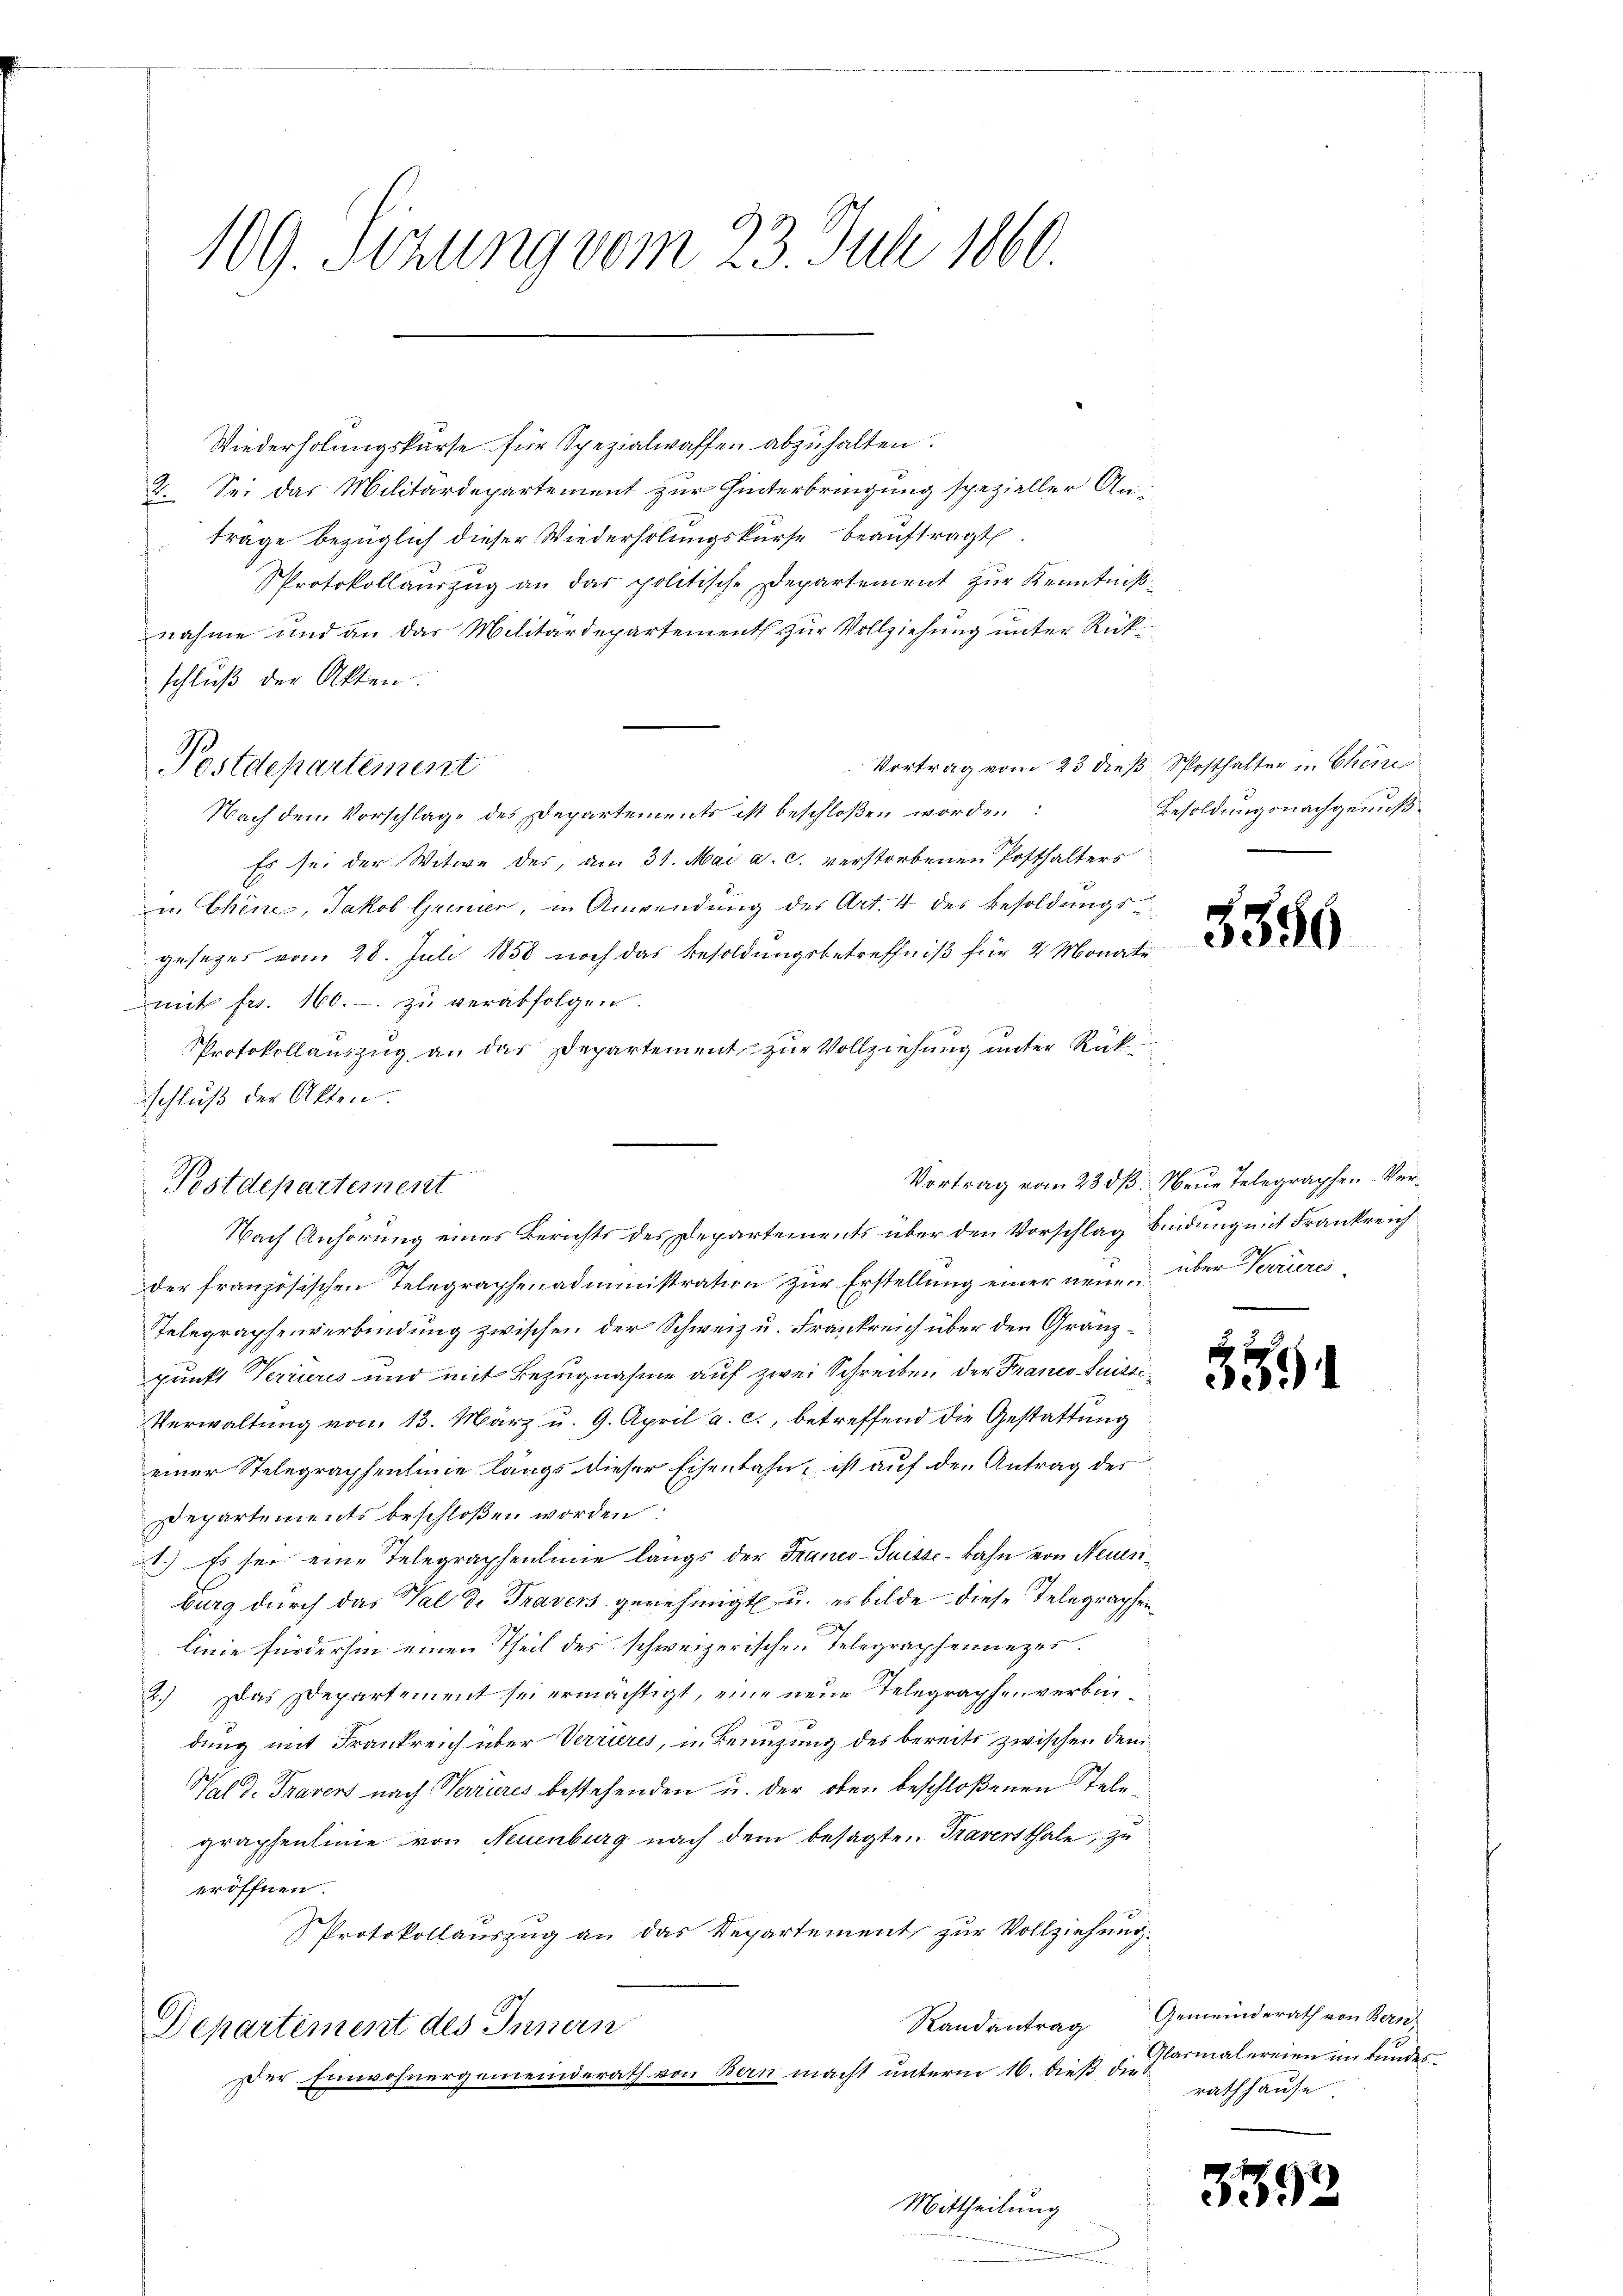
109. Sizung vom 23. Juli 1860.

Wiederholungskurse für Spezialwaffen abzuhalten.
2. Sei das Militärdepartement zur Hinterbringung spezieller An-
trage bezüglich dieser Wiederholungskurse beauftragt
Protokollauszug an das politische Departement zur Kenntnißnahme und an das Militärdepartement zur Vollziehung unter Rückschluß der Akten.
Vortrag vom 23 dieß. Sposthalter in Chemis
Nach dem Vorschlage des Departements ist beschloßen worden.
Es sei der Witwe des, am 31. Mai a. c. verstorbenen Posthalters
in Chines, Jakob Gremier, in Anwendung des Art. 4 des Besoldungsgesages vom 28. Juli 1858 noch das Besoldungsbetreffniß für 2 Monate
mit frs. 160.- zŭ verabfolgen.
Protokollauszug an das Departement zur Vollziehung unter Rük
schluß der Akten.
n

Postdepartement

Postdepartement
Nach Anhörung eines Berichts des Departements über den Vorschlag bindung mit Frankreich¬

der französischen Telegraphenadministration zur Erstellung einer neue über Terrieres
Telegraphenverbindung zwischen der Schweiz u. Frankreich über den Granzpunkt Verrieres und mit Bezugnahme auf zwei Schreiben der Franco Suissi¬
Verwaltŭng von 13. März u. 9. April a. c., betreffend die Gestattung
einer Stelegraphenlinie längs dieser Eisenbahn, ist auf den Antrag des
separtements beschloßen worden:
1.) Es sei eine Telegraphenlinie langs der Franco-Suisse-Bahn von Neuenburg durch das Val d. Travers genehmigt u. es bilde diese Telegraphenlinie fürderhin einen Theil des schweizerischen Telegraphennezes.
2.) Das Departement sei ermächtigt, eine neue Telegraphenverbindung mit Frankreich über Verrieres, in Benuzung des bereits zwischen dem
Val d. Travers nach Verrieres bestehenden u. der oben beschloßenen Telegraphenlinie von Neuenburg nach dem besagten Travertthale, zu
eröffnen.
Protokollauszug an das Departement, zur Vollziehung.
Departement des Innern
Der Einwohnergemeinderath von Bern macht unterm 16. dieß die

Mittheilung

Besoldungsnachgenuß
s

3350

Vortrag vom 23 dß. Neue Telegraphen-Ver¬

55

Randantrag Gemeinderath von Bern
Glarmalereien im kundesrathhause

359.